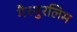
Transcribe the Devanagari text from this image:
गैरमुरलिम